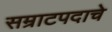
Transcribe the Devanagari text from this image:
सम्राटपदाचे